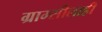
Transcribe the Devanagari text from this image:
ग्राम्सीलाही